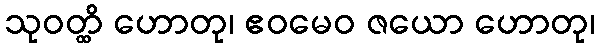
သုဝတ္ထိ ဟောတု၊ ဧဝမေဝ ဇယော ဟောတု၊